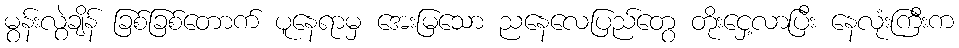
မွန်းလွဲချိန် ခြစ်ခြစ်တောက် ပူနေရာမှ အေးမြသော ညနေလေပြည်တွေ တိုးငှေ့လာပြီး နေလုံးကြီးက